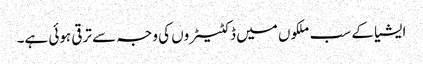
ایشیا کے سب ملکوں میں ڈکٹیٹروں کی وجہ سے ترقی ہوئی ہے۔